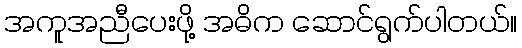
အကူအညီပေးဖို့ အဓိက ဆောင်ရွက်ပါတယ်။